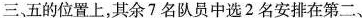
三、五的位置上，其余7名队员中选2名安排在第二、